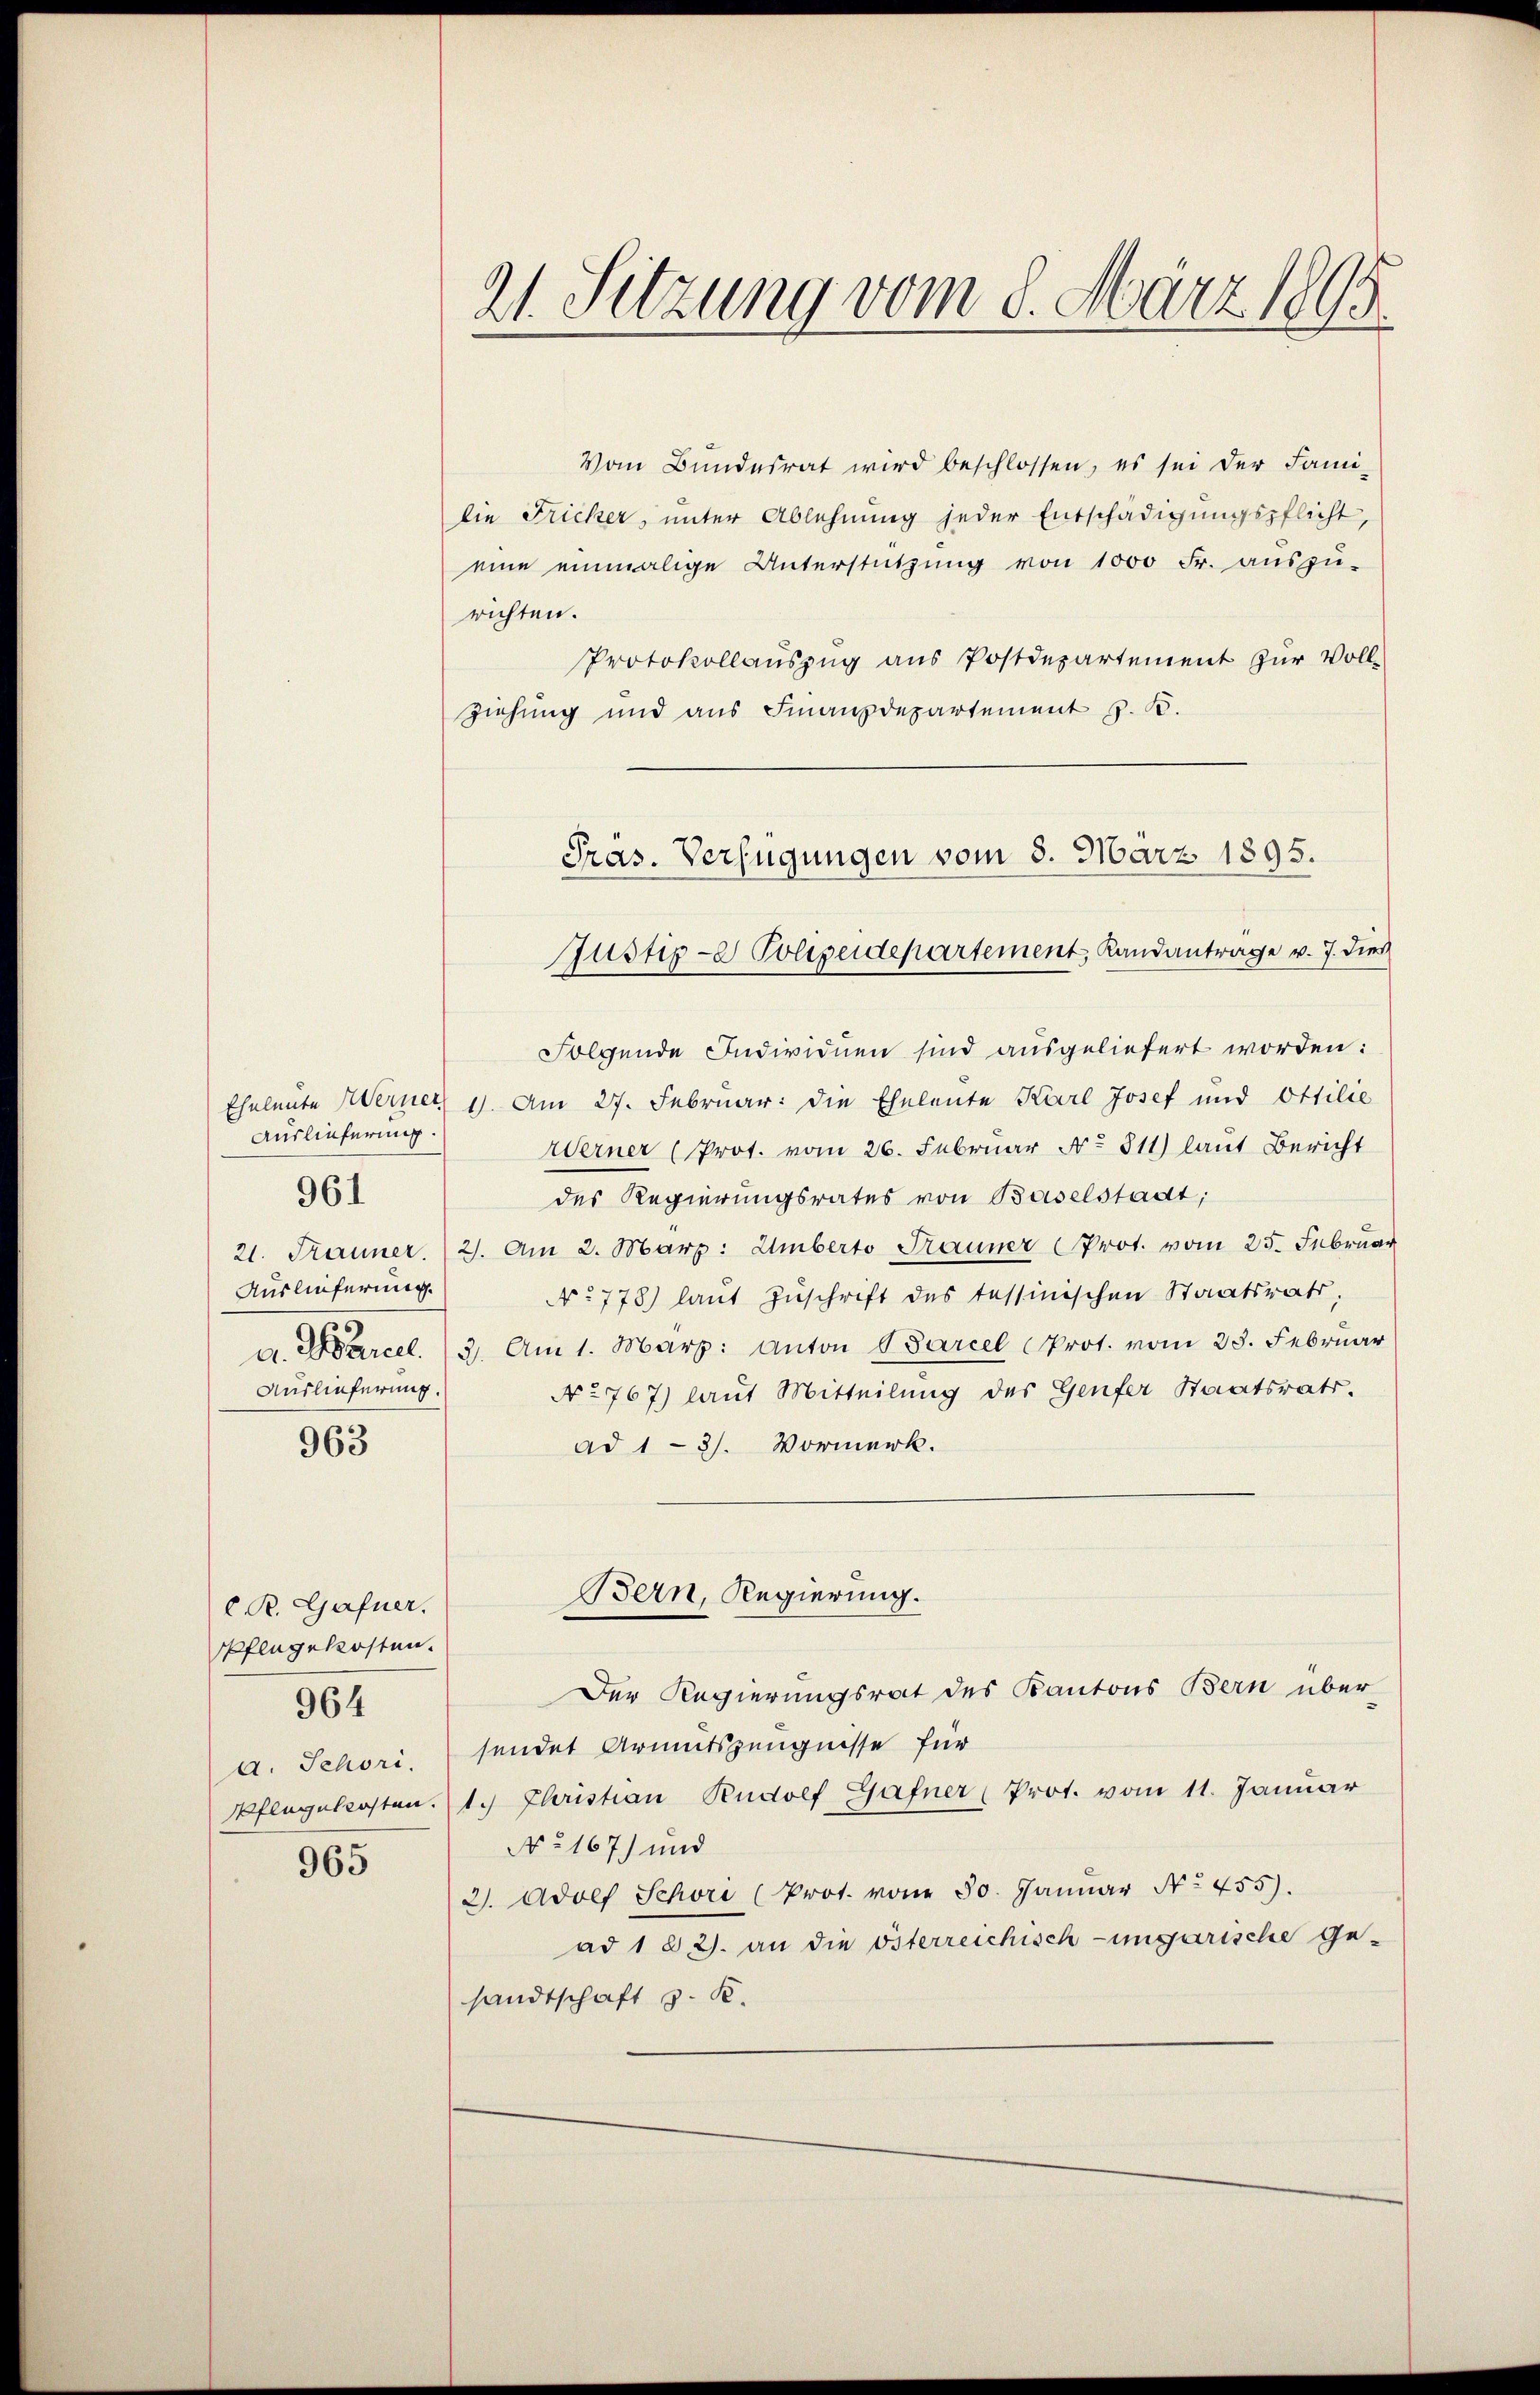
Auslieferung.
Auslieferung.
Auslieferung.

961

963

C. R. Gafner.
Pflegekosten.
a. Schori.

964

965

Vom Bundesrat wird beschlossen, es sei der Fami-
die Fricker, unter Ablehnung jeder Entschädigungspflicht,
eine einmalige Unterstützŭng von 1000 Fr. aŭszŭ-
richten.
Protokollauszug aus Postdepartement zur Voll-
Ziehung und aus Finanzdepartement z. B.
Pras. Verfügungen vom 8. März 1895.

21. Sitzung vom 8. März 1895

Justiz- Polizeidepartement, Landantrage v. J. dies

Folgende Individuen sind ausgeliefert worden:
Eheleute Werner 1. Am 27. Februar: die Eheleute Karl Josef und Ottilie
Werner (Prot. vom 26. Februar No. 311) laut Bericht
des Regierungsrates von Baselstadt,
21. Frauner. (2. Am 2. Marz: Umberto Trauner Prot. vom 25. Februar
No 778) laut Zuschrift des tessinischen Staatsrath,
a. Marcel. (3. Am 1. Marz: Anton Parcel Prot. vom 23. Februar
No 767) laut Mitteilung des Genfer Staatsrats.
Ad 1-3). Vormerk.

Bern, Regierung.
Der Regierungsrat des Kantons Bern über

sendet Armutszeugnisse für
Pflegekosten. 1. Christian Rudolf Gafner, Prot. vom 11. Januar
No167) und
2). Adolf Schori (Prot. vom 30. Januar No 455).
ad 1 § 2). an die österreichisch-ungarische Ge-
sandtschaft z. K.